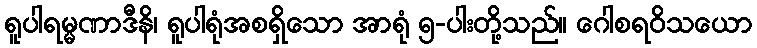
ရူပါရမ္မဏာဒီနိ၊ ရူပါရုံအစရှိသော အာရုံ ၅-ပါးတို့သည်။ ဂေါစရဝိသယော